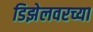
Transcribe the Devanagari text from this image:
डिझेलवरच्या